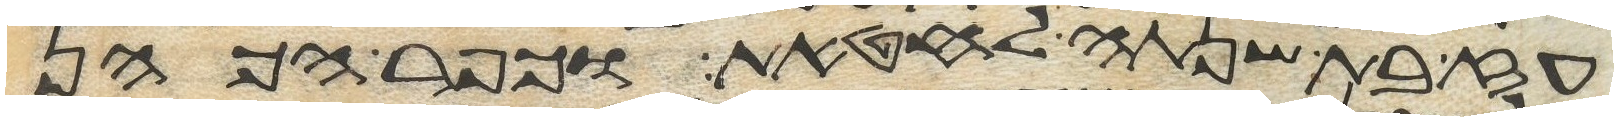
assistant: עז בת שנתה לחטאת וכפר הכהן